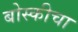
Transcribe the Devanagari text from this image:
बोस्कीचा